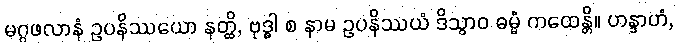
မဂ္ဂဖလာနံ ဥပနိဿယော နတ္ထိ, ဗုဒ္ဓါ စ နာမ ဥပနိဿယံ ဒိသွာဝ ဓမ္မံ ကထေန္တိ။ ဟန္ဒာဟံ,